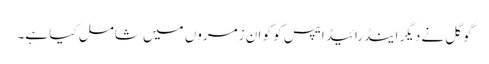
گوگل نے دیگر اینڈرائیڈ ایپس کو کو ان زمروں میں شامل کیا ہے۔